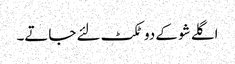
اگلے شو کے دو ٹکٹ لئے جاتے۔